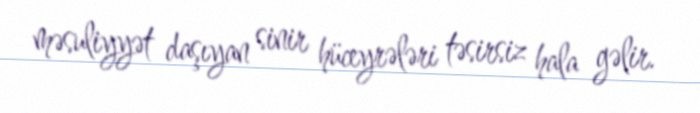
məsuliyyət daşıyan sinir hüceyrələri təsirsiz hala gəlir.